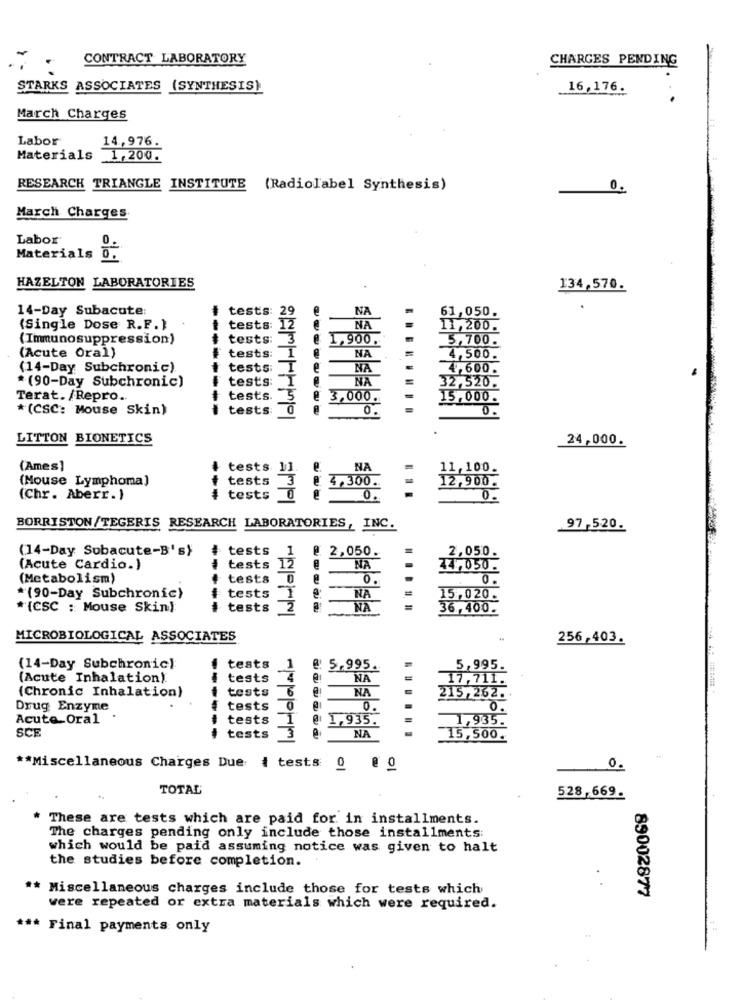
CONTRACT LABORATORY
CHARGES PENDING
STARKS ASSOCIATES (SYNTHESIS)
16,176.
March Charges
Labor
14,976.
Materials 1,200.
RESEARCH TRIANGLE INSTITUTE (Radiolabel Synthesis)
March Charges.
Labor
Materials 0:
HAZELTON LABORATORIES
134,570.
14-Day Subacute:
tests:
29
NA
61,050.
12
(Single Dose R.F.}
tests:
NA
11,200.
(Immunosuppression)
tests:
1,900.
5,700.
(Acute Oral)
NA
tests:
-
4,500.
(14-Day Subchronic).
tests:
I
e
NA
4,600.
-----
tests
NA
* (90-Day Subchronic)
32,520.
Terat. /Repro ..
tests
5
@ 3,000.
15,000.
*(CSC: Mouse Skin)
--
tests:
0
LITTON BIONETICS
24,000.
(Ames]
NA
11,100.
(Mouse Lymphoma)
tests
tests 11
12,900.
@ 4,300.
(Chr. Aberr.)
tests
0.
BORRISTON/TEGERIS RESEARCH LABORATORIES, INC.
97,520.
(14-Day Sobacute-B's}
# tests
1
2,050.
tests 12
2,050.
(Acute Cardio.)
NA
44,050.
(Metabolism)
tests 0
0.
0.
*(90-Day Subchronic)
tests
NA
15,020.
*(CSC : Mouse Skin)
-----
tests
NA
36,400.
MICROBIOLOGICAL ASSOCIATES
256,403.
(14-Day Subchronic)
tests
1
@ 5,995.
5,995.
(Acute Inhalation).
tests
NA
17,711.
(Chronic Inhalation)
tests
NA
215,262.
Drug Enzyme
tests
0.
Acute_Oral .
tests
@ 1,935.
1,935.
SCE
NA
tests
3
15,500.
0.
** Miscellaneous Charges Due # tests 0
@ 0
TOTAL
528,669.
These are tests which are paid for in installments.
The charges pending only include those installments:
which would be paid assuming notice was given to halt
the studies before completion.
** Miscellaneous charges include those for tests which
89002877
were repeated or extra materials which were required.
*** Final payments only